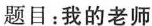
题目：我的老师